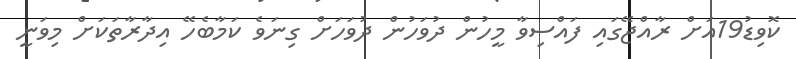
ކޮވިޑު19އަށް ރާއްޖޭގައި ފައްސިވާ މީހުން ދުވަހުން ދުވަހަށް ގިނަވެ ކަމާބެހޭ އިދާރާތަކަށް މިވަނީ